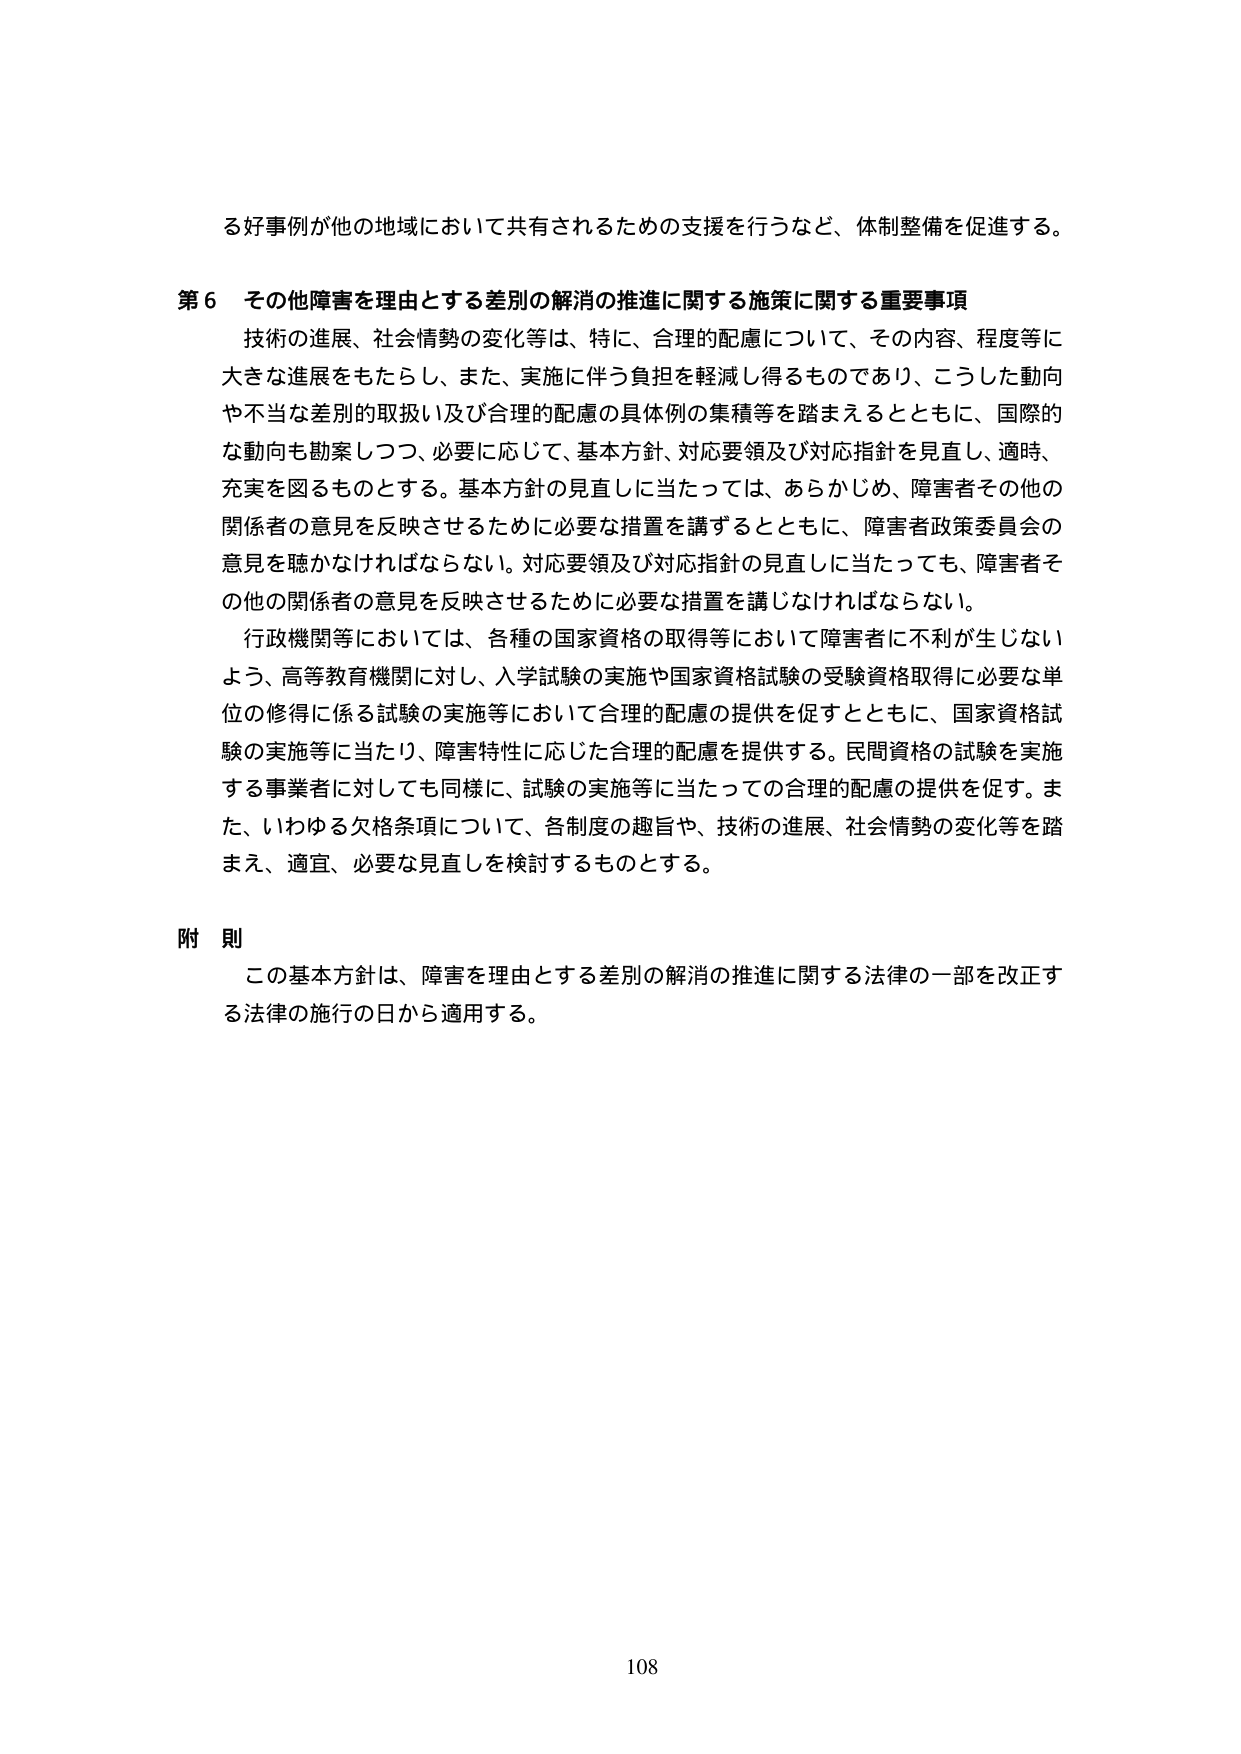
る好事例が他の地域において共有されるための支援を行うなど、体制整備を促進する。

第６ その他障害を理由とする差別の解消の推進に関する施策に関する重要事項
技術の進展、社会情勢の変化等は、特に、合理的配慮について、その内容、程度等に大きな進展をもたらし、また、実施に伴う負担を軽減し得るものであり、こうした動向や不当な差別的取扱い及び合理的配慮の具体例の集積等を踏まえるとともに、国際的な動向も勘案しつつ、必要に応じて、基本方針、対応要領及び対応指針を見直し、適時、充実を図るものとする。基本方針の見直しに当たっては、あらかじめ、障害者その他の関係者の意見を反映させるために必要な措置を講ずるとともに、障害者政策委員会の意見を聴かなければならない。対応要領及び対応指針の見直しに当たっても、障害者その他の関係者の意見を反映させるために必要な措置を講じなければならない。
行政機関等においては、各種の国家資格の取得等において障害者に不利が生じないよう、高等教育機関に対し、入学試験の実施や国家資格試験の受験資格取得に必要な単位の修得に係る試験の実施等において合理的配慮の提供を促すとともに、国家資格試験の実施等に当たり、障害特性に応じた合理的配慮を提供する。民間資格の試験を実施する事業者に対しても同様に、試験の実施等に当たっての合理的配慮の提供を促す。また、いわゆる欠条条項について、各制度の趣旨や、技術の進展、社会情勢の変化等を踏まえ、適宜、必要な見直しを検討するものとする。

附 則
この基本方針は、障害を理由とする差別の解消の推進に関する法律の一部を改正する法律の施行の日から適用する。

108